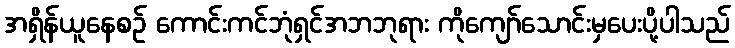
အရှိန်ယူနေစဉ် ကောင်းကင်ဘုံရှင်အဘဘုရား ကိုကျော်သောင်းမှပေးပို့ပါသည်